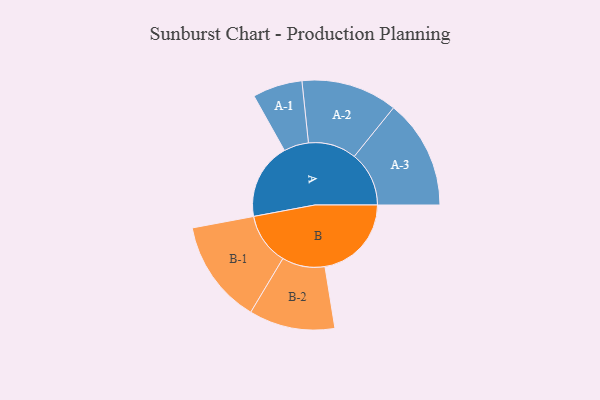
{"axis": {"x": "Segment", "y": "Value"}, "legend": ["", "A", "B"], "data": [{"x": "A", "y": 384, "type": ""}, {"x": "B", "y": 435, "type": ""}, {"x": "A-1", "y": 125, "type": "A"}, {"x": "A-2", "y": 242, "type": "A"}, {"x": "A-3", "y": 275, "type": "A"}, {"x": "B-1", "y": 261, "type": "B"}, {"x": "B-2", "y": 216, "type": "B"}]}